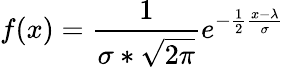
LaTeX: f(x)=\frac{1}{\sigma*\sqrt{2\pi}}e^{-\frac{1}{2}\frac{x-\lambda}{\sigma}}